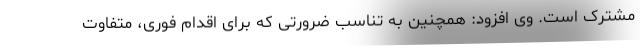
مشترک است. وی افزود: همچنین به تناسب ضرورتی که برای اقدام فوری، متفاوت